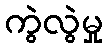
ကွဲလွဲမှု